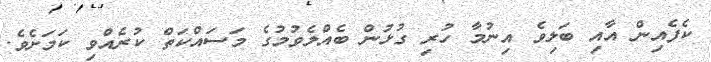
ކެފެއިން އާއި ބަލިވެ އިނުމާ ހުރި ގުޅުން ބެއްލެވުމުގެ މަސައްކަތް ކުރެއްވި ކަމަށެވެ.